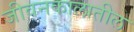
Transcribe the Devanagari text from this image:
जीवनकालातील